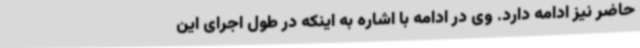
حاضر نیز ادامه دارد. وی در ادامه با اشاره به اینکه در طول اجرای این